Civil Veterinary Department Bihar & Orissa reports 1929-36 - 1929-1936
Year: 1929
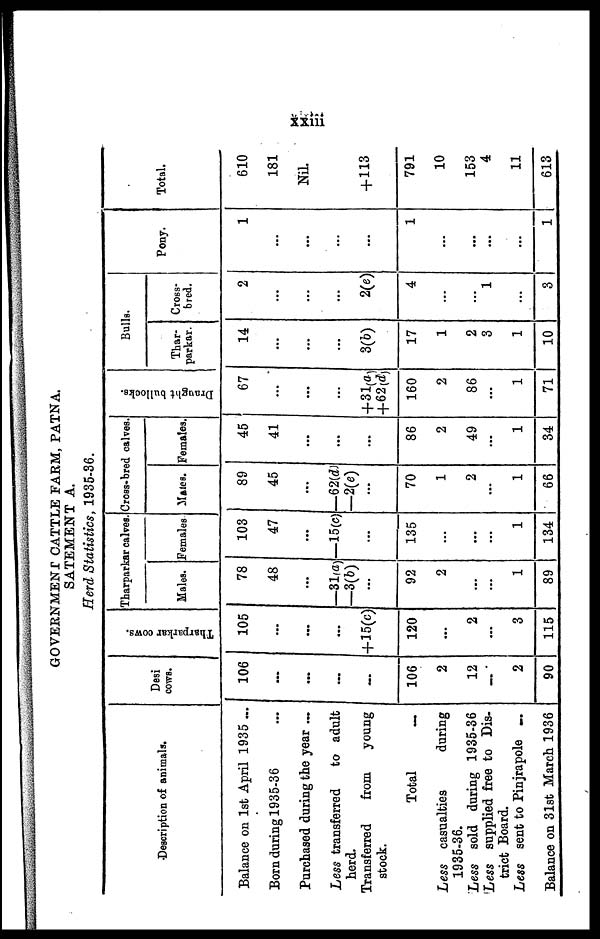
xxiii
GOVERNMENT CATTLE FARM, PATNA.
SATEMENT A.
Herd Statistics, 1935-36.
Description of animals.
Balance on 1st April 1935 ...
Born during 1935-36 ...
Purchased during the year ...
Less transferred
to adult
herd.
Transferred
from
young
stock.
Total
...
Less
casualties
during
1935-36.
Less sold during 1935-36
Less supplied free to Dis-
trict Board.
Less sent to Pinjrapole ...
Balance on 31st March 1936
Desi
COWS.
106
...
...
...
...
106
2
12
...
2
90
Tharparkar cows.
105
...
...
...
+15(c)
120
...
2
...
3
115
Tharparkar calves.
Males.
78
48
...
—31(a)
—3(b)
...
92
2
...
...
1
89
Females
103
47
...
—15(c)
...
135
...
...
...
1
134
Cross-bred calves.
Males.
89
45
...
—62(d)
—2(e)
...
70
1
2
...
1
66
Females.
45
41
...
...
...
86
2
49
...
1
34
Draught bullocks.
67
...
...
...
+31 ( a )
+62(d)
160
2
86
...
1
71
Bulls.
Thar-
parkar.
14
...
...
...
3(b)
17
1
2
3
1
10
Cross-
bred.
2
...
...
...
2(e)
4
...
...
1
...
3
Pony.
1
...
...
...
...
1
...
...
...
...
1
Total.
610
181
Nil.
+113
791
10
153
4
11
613